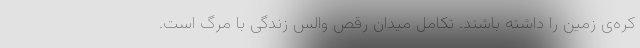
کره‌ی زمین را داشته باشند. تکامل میدان رقص والس زندگی با مرگ است.